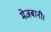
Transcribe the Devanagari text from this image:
मेजबानी।